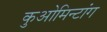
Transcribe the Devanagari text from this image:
कुओमिन्टांग